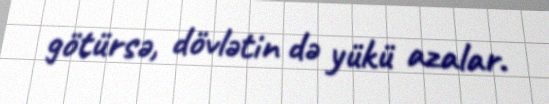
götürsə, dövlətin də yükü azalar.